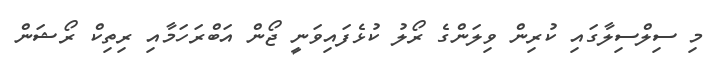
މި ސިލްސިލާގައި ކުރިން ވިލަންގެ ރޯލު ކުޅެފައިވަނީ ޖޯން އަބްރަހަމާއި ރިތިކް ރޯޝަން